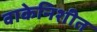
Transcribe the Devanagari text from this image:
वाकेनिशीत